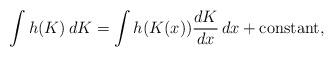
LaTeX: \begin{align*}\int h(K)\,dK =\int h(K(x))\frac{dK}{dx} \,dx + \mbox{constant},\end{align*}